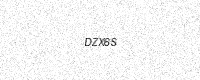
Text: DZX6S